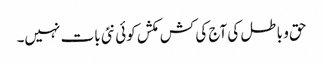
حق و باطل کی آج کی کش مکش کوئی نئی بات نہیں۔